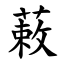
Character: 䔩